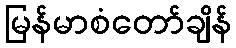
မြန်မာစံတော်ချိန်